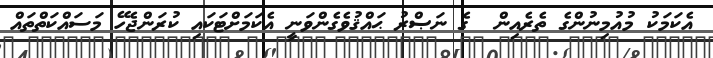
އެކަމަކު މުއުމިނުންގެ ތެރެއިން  ގެ ނަޞްރު ޙައްޤުވެގެންވަނީ އެކަމަށްޓަކައި ކުރަންޖެހޭ މަސައްކަތްތައް